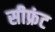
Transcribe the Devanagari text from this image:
सीफ्रंट